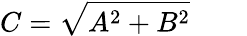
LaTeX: C={\sqrt{A^{2}+B^{2}}}\quad\quad{}